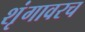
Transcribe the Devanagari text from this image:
शृंगावरच